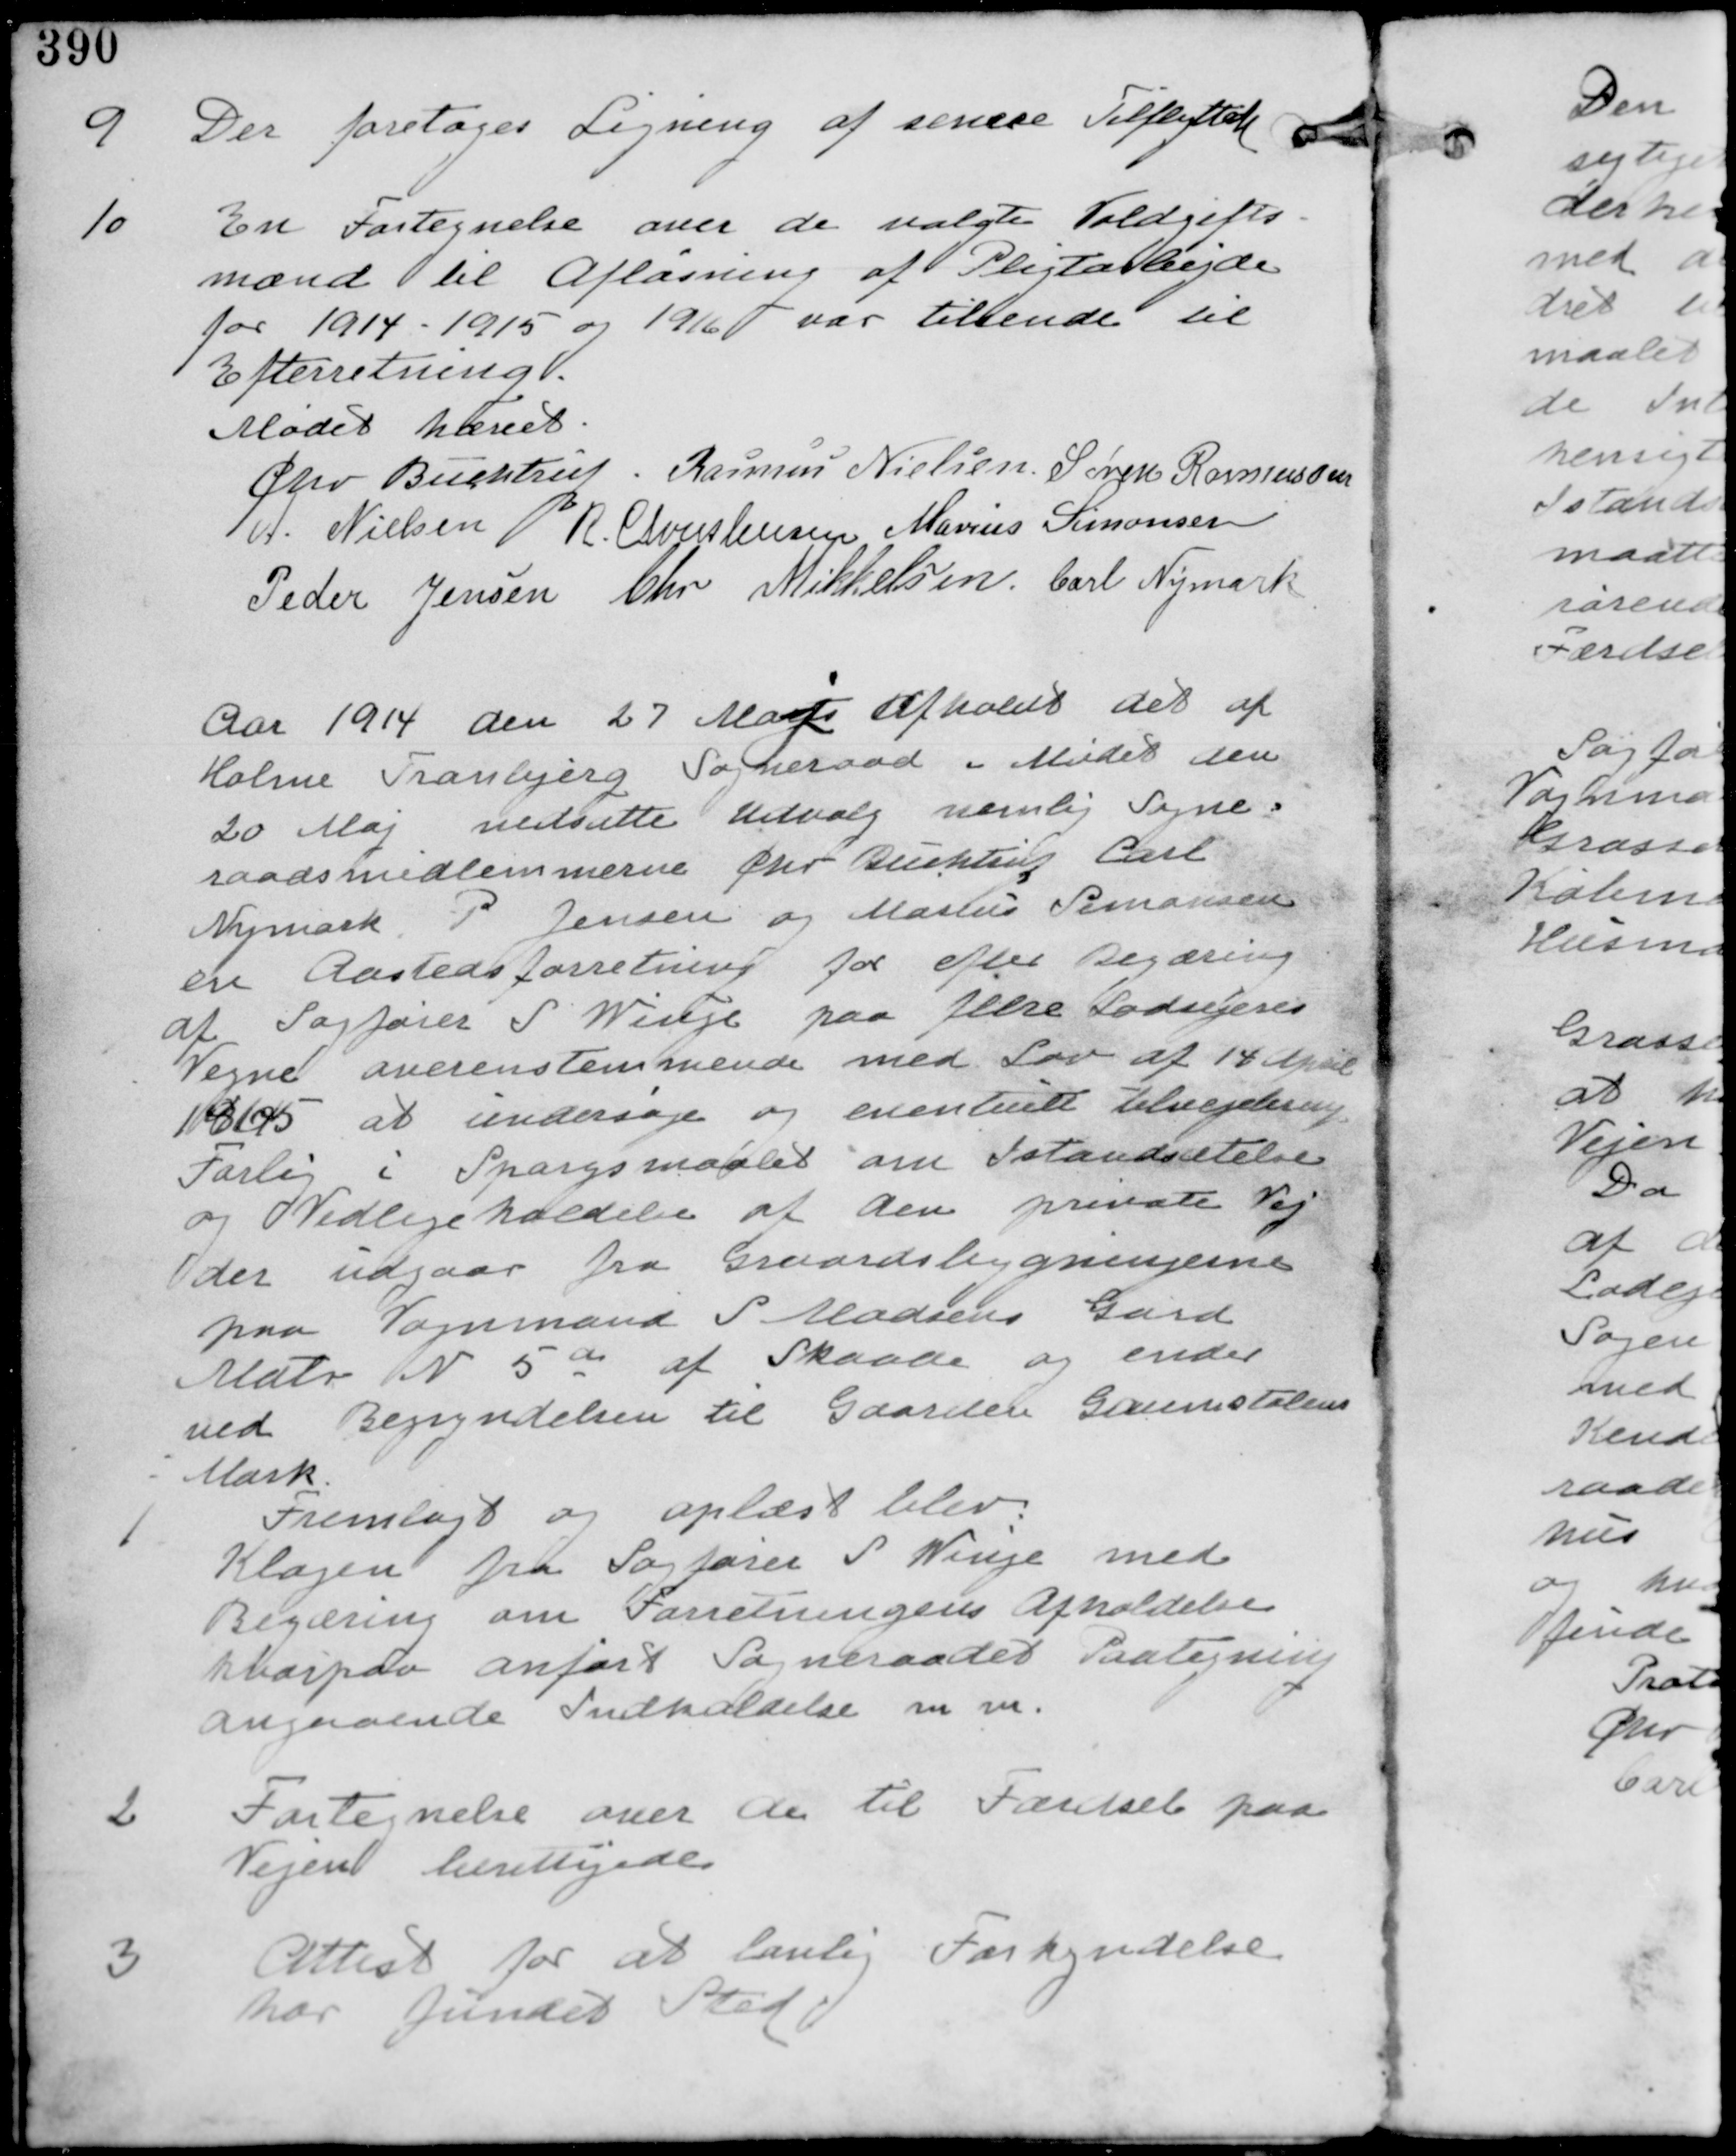
Transskription:
9
Der foretages Ligning af senere Tilflyttere.

10
En fortegnelse over de valgte Voldgifts-
mænd til Aflåsning af Pligtarbejder
for 1914-1915 og 1916 var tilsendt til
Efterretning

Mødet hævet
Chr Buchtrup. Rasmus Nielsen. Søren Rasmussen
A. Nielsen R. Christensen Marius Simonsen
Peder Jensen Chr Mikkelsen Carl Nymark

Aar 1914 den 27 Maj afholdt det af
Holme Tranbjerg Sogneraad Mødet den
20 Maj nedsatte Udvalg nemlig Sogne-
raadsmedlemmerne Chr. Buchtrup Carl
Nymark P Jensen og Marius Simonsen
en Aastedsforretning for efter Begæring
af Sagfører S Winge paa flere Lodsejeres
Vegne overensstemmende med Lov af 14 April
1865 at undersøge og eventuelt tilvejebringe
Forlig i Spørgsmålet om Istandsættelse
og Vedligeholdelse af den private Vej
der udgaar fra Gaardsbygningerne
paa Vognmand S Madsens Gard
Matr N 5a af Skaade og ender
ved Begyndelsen til Gaarden Grumstolens
Mark

1
Fremlagt og oplæst blev
Klagen fra Sagfører S Winge med
Begæring om Forretningens Afholdelse
hvorpaa anført Sogneraadet Paategning
angaaende Indkaldelse mm.

2
Fortegnelse over de til Færdsel paa
Vejen berettigede

3
Attest for at lovlig Forkyndelse
har fundet Sted